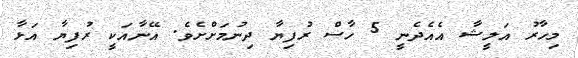
މިހާރު އަލީޝާ އެއެދެނީ 5 ހާސް ރުފިޔާ ދިނުމަށްށެވެ. އޭނާއަކީ ރުފިޔާ އަޅާ